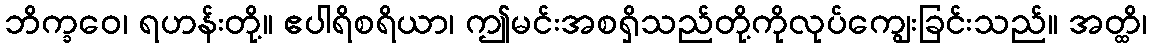
ဘိက္ခဝေ၊ ရဟန်းတို့။ ဧပါရိစရိယာ၊ ဤမင်းအစရှိသည်တို့ကိုလုပ်ကျွေးခြင်းသည်။ အတ္ထိ၊